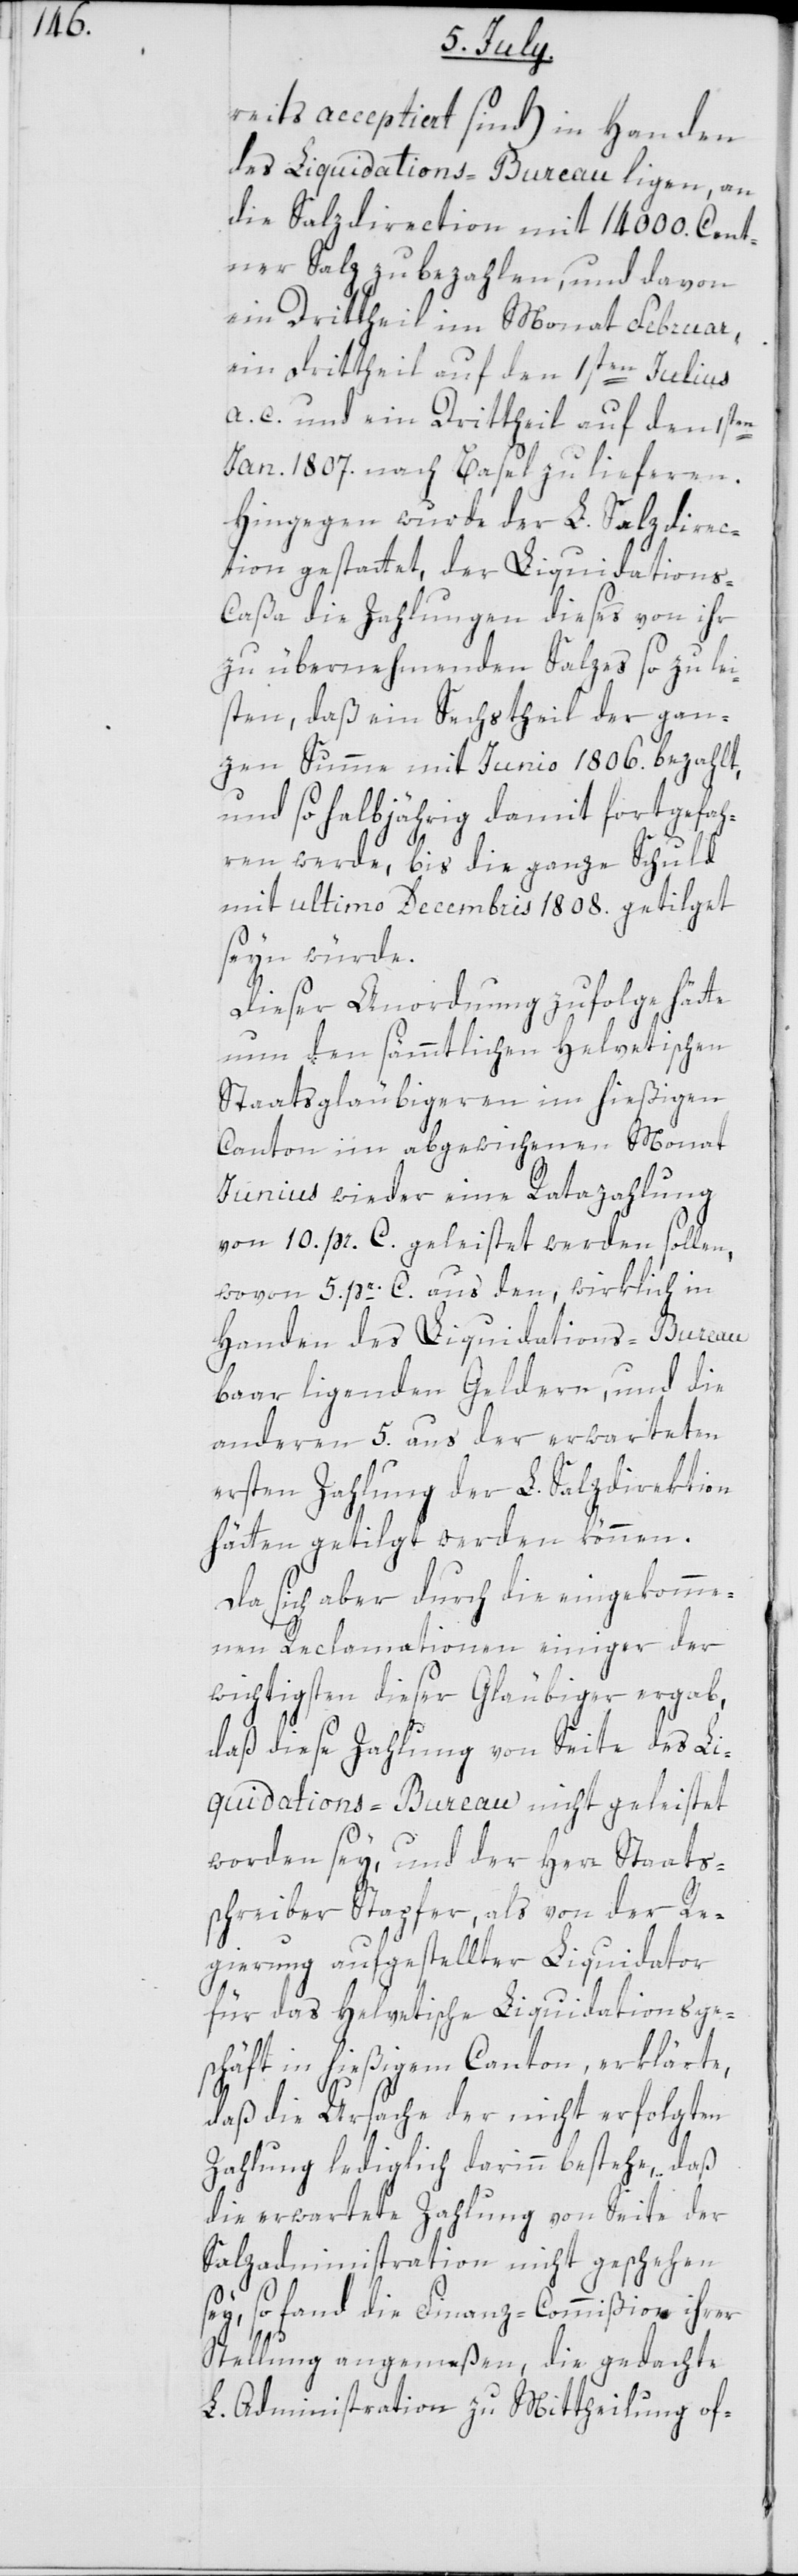
reits acceptiert sind) in Handen
des Liquidations-Bureau ligen, an
die Salzdirection mit 14000. Cent¬
ner Salz zu bezahlen, und davon
ein Drittheil im Monat Februar,
ein Drittheil auf den 1sten Julius
a. c. und ein Drittheil auf den 1sten
Jan. 1807. nach Basel zu lieferen.
Hingegen wurde der L. Salzdirec¬
tion gestattet, der Liquidations-C¬
aßa die Zahlungen dieses von ihr
zu übernehmenden Salzes so zu lei¬
sten, daß ein Sechstheil der gan¬
zen Summe mit Junio 1806. bezahlt,
und so halbjährig damit fortgefah¬
ren werde, bis die ganze Schuld
mit ultimo Decembris 1808. getilget
seyn würde.
Dieser Anordnung zufolge hätte
nun den sämmtlichen Helvetischen
Staatsgläubigeren im hießigen
Canton im abgewichenen Monat
Junius wieder eine Ratazahlung
von 10. pr. C. geleistet werden sollen,
wovon 5. pr. C. aus den, wirklich in
Handen des Liquidations-Bureau
baar ligenden Geldern, und die
anderen 5. aus der erwarteten
ersten Zahlung der L. Salzdirektion
hätten getilgt werden können.
Da sich aber durch die eingekomme¬
nen Reclamationen einiger der
wichtigsten dieser Gläubiger ergab,
daß diese Zahlung von Seite des Li¬
quidations-Bureau nicht geleistet
worden sey, und der Herr Staats¬
schreiber Stapfer als von der Re¬
gierung aufgestellter Liquidator
für das Helvetische Liquidationsge¬
schäft in hießigem Canton, erklärte,
daß die Ursache der nicht erfolgten
Zahlung lediglich darinn bestehe, daß
die erwartete Zahlung von Seite der
Salzadministration nicht geschehen
sey, so fand die Finanz-Commißion ihrer
Stellung angemeßen, die gedachte
L. Administration zu Mittheilung of-